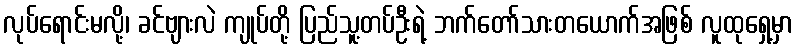
လုပ်ရောင်းမလို့၊ ခင်ဗျားလဲ ကျုပ်တို့ ပြည်သူ့တပ်ဦးရဲ့ ဘက်တော်သားတယောက်အဖြစ် လူထုရှေ့မှာ